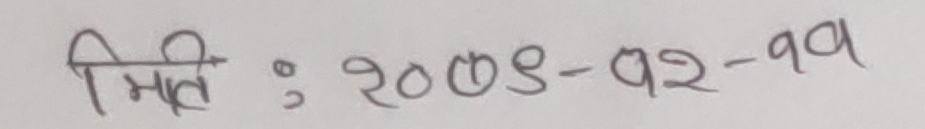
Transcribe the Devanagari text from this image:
मिति : २०७९-१२-११